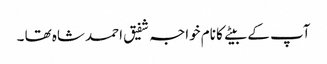
آپ کے بیتے کا نام خواجہ شفیق احمد شاہ تھا ۔